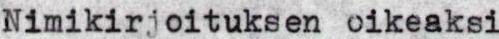
Nimikirjoituksen oikeaksi